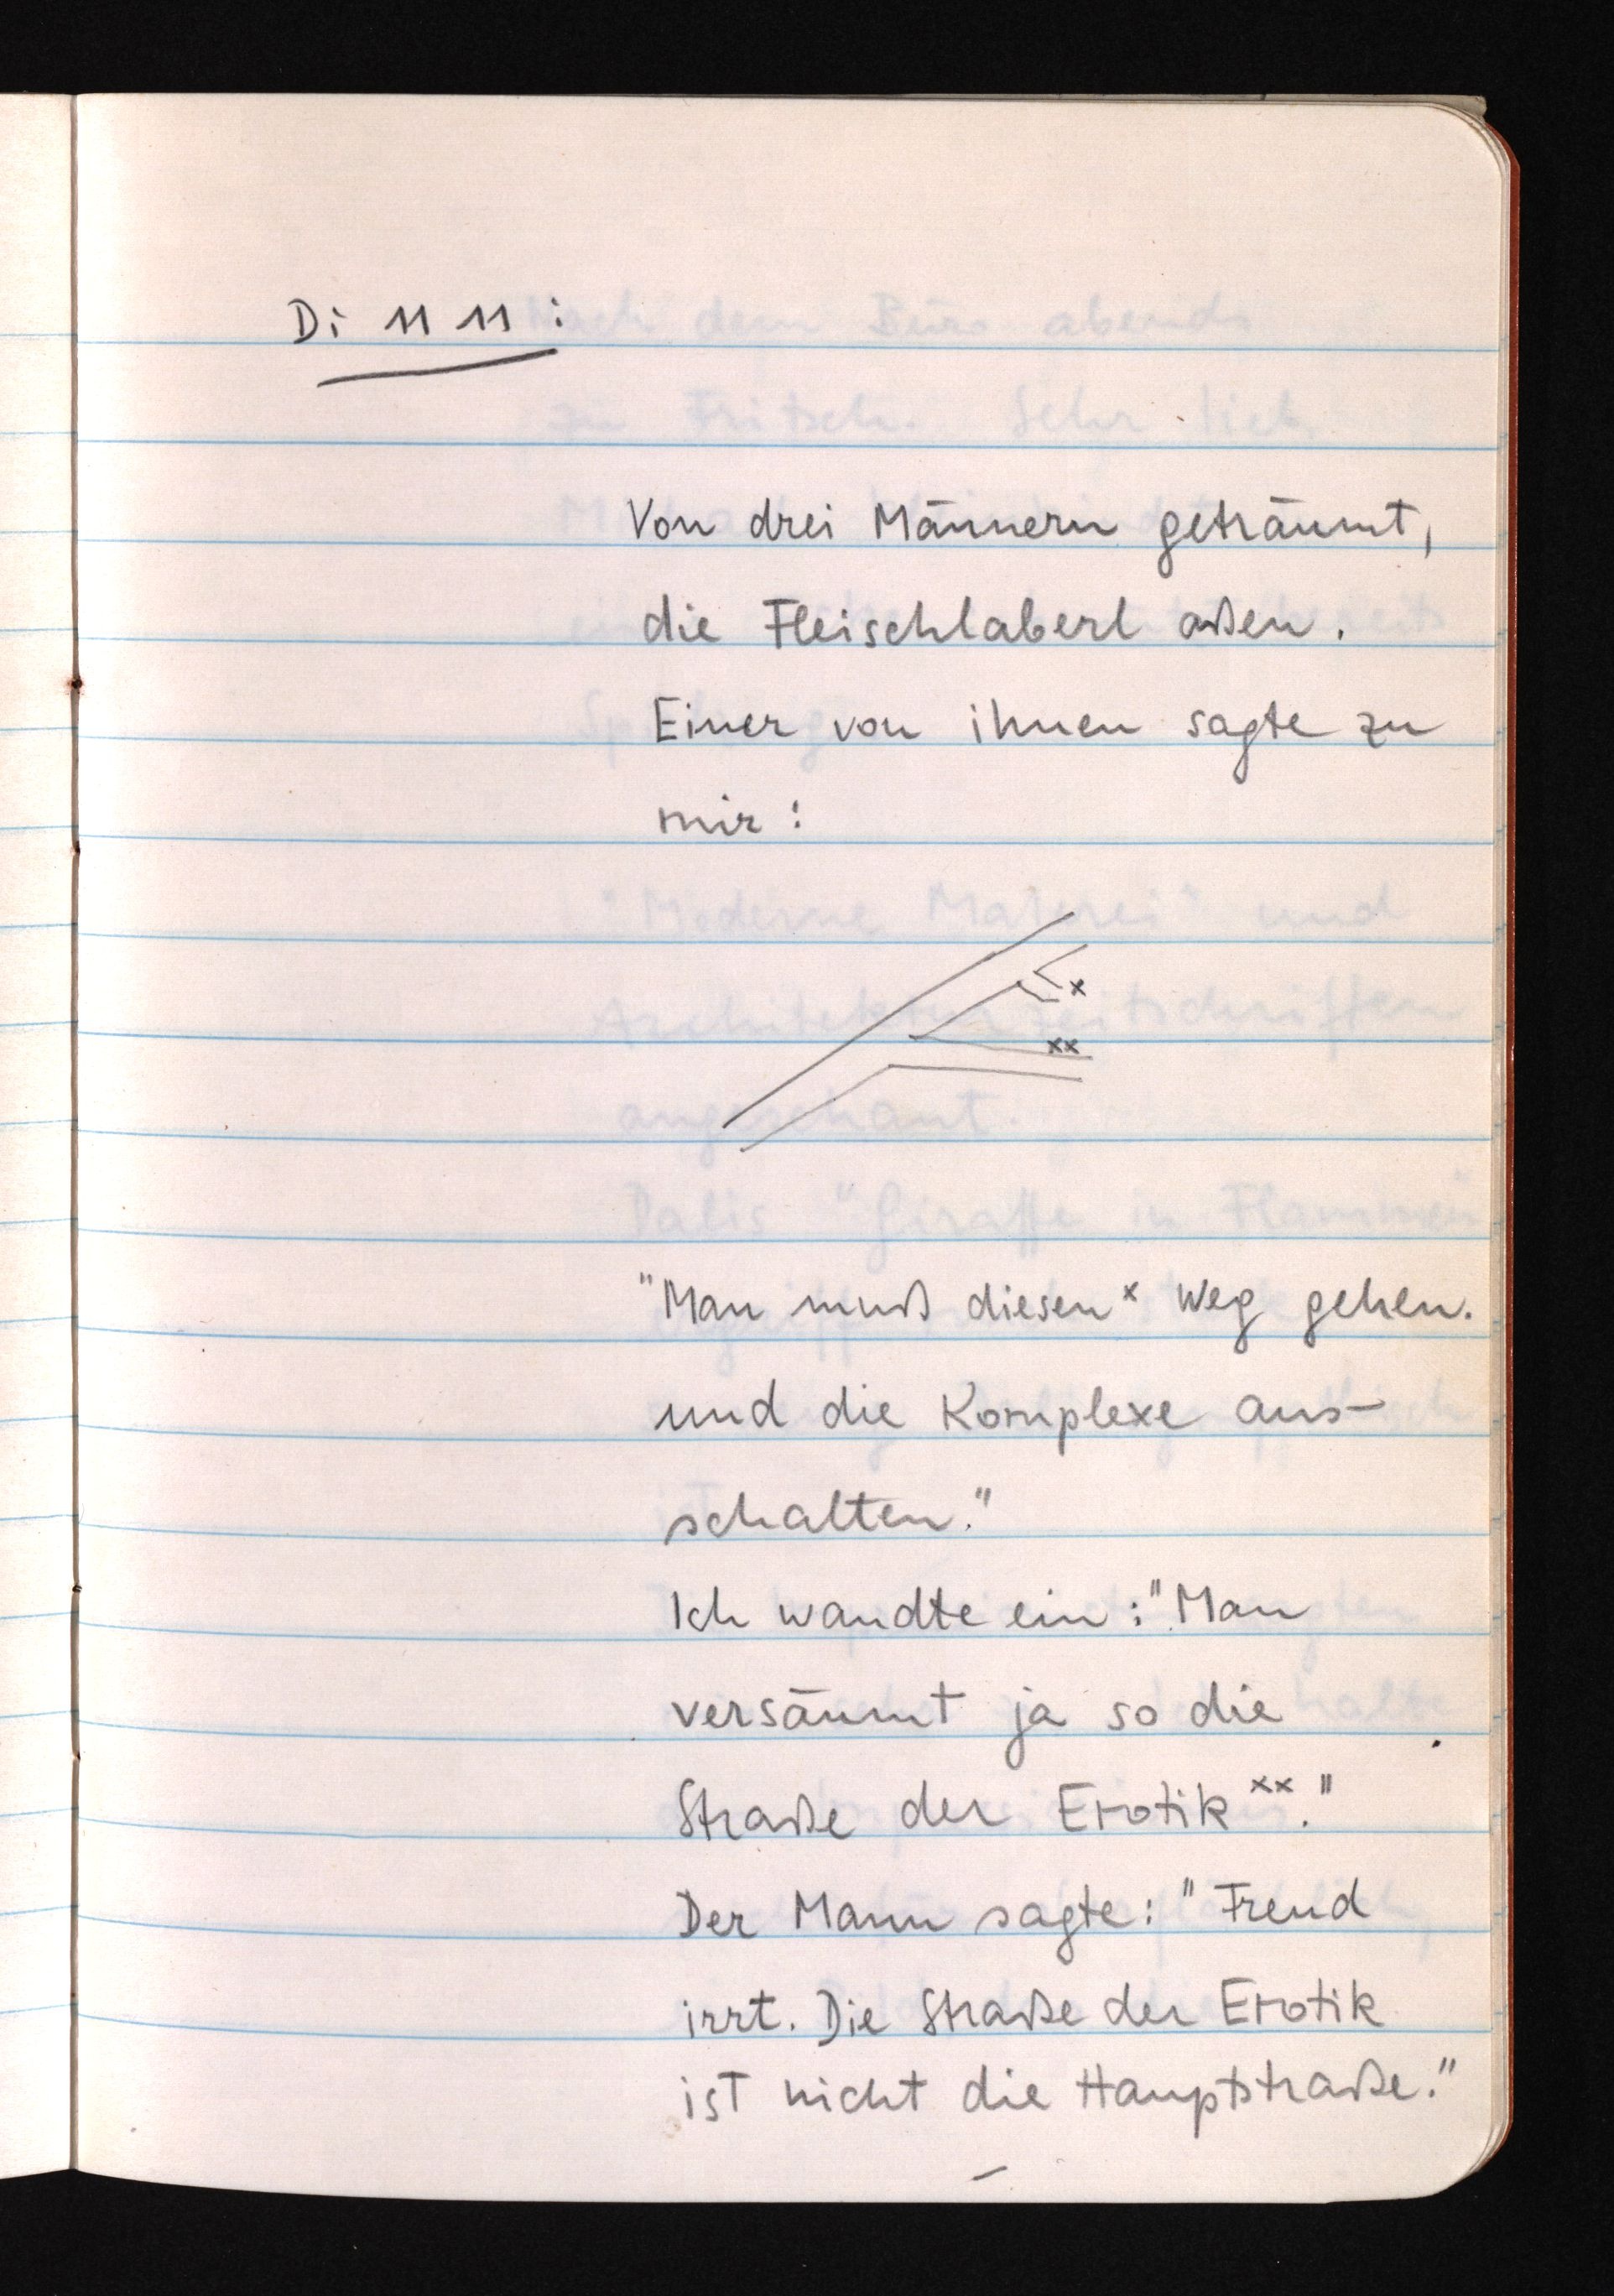
Di 11 11:
Von drei Männern geträumt,
die Fleischlaberl aßen.
Einer von ihnen sagte zu
mir:
"Man muß diesen x Weg gehen
und die Komplexe aus¬
schalten."
Ich wandte ein: "Man
versäumt ja so die
Straße der Erotik xx."
Der Mann sagte: "Freud
irrt. Die Straße der Erotik
ist nicht die Hauptstraße."